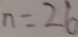
n = 2 6